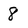
Character: 8